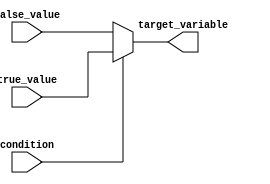
module conditional_assignment (
    input wire condition,       // Boolean input condition
    input wire [7:0] true_value,  // Value to assign if condition is true
    input wire [7:0] false_value, // Value to assign if condition is false
    output reg [7:0] target_variable // Target variable for assignment
);

    // Always block to evaluate the condition and assign the target variable
    always @* begin
        target_variable = condition ? true_value : false_value;
    end

endmodule